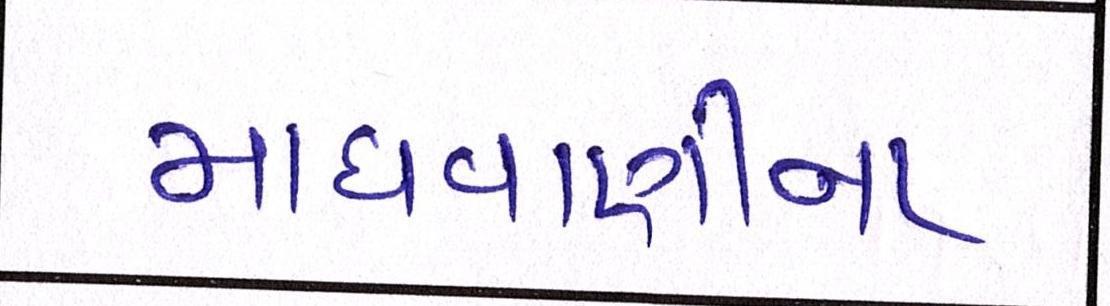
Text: માધવાણીના